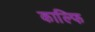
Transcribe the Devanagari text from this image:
काल्फि